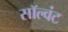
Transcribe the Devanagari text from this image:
सॉल्वंट